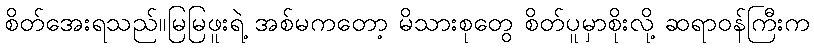
စိတ်အေးရသည်။မြမြဖူးရဲ့ အစ်မကတော့ မိသားစုတွေ စိတ်ပူမှာစိုးလို့ ဆရာဝန်ကြီးက